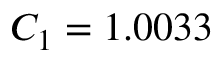
C _ { 1 } = 1 . 0 0 3 3